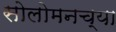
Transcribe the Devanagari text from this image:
सोलोमनच्या